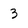
Character: 3